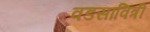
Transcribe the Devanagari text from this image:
वडसावित्री